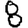
Digit: 8